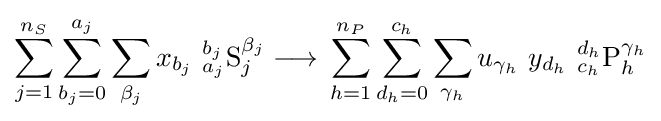
\sum _{j=1}^{n_{S}}\sum _{b_{j}=0}^{a_{j}}\sum _{\beta _{j}}x_{b_{j}}\ {_{a_{j}}^{b_{j}}}{\mathrm {S} }_{j}^{\beta _{j}}{{}\mathrel {\longrightarrow } {}}\sum _{h=1}^{n_{P}}\sum _{d_{h}=0}^{c_{h}}\sum _{\gamma _{h}}u_{\gamma _{h}}\ y_{d_{h}}\ {_{c_{h}}^{d_{h}}}{\mathrm {P} }_{h}^{\gamma _{h}}